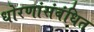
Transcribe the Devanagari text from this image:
धोरणांसंबंधित